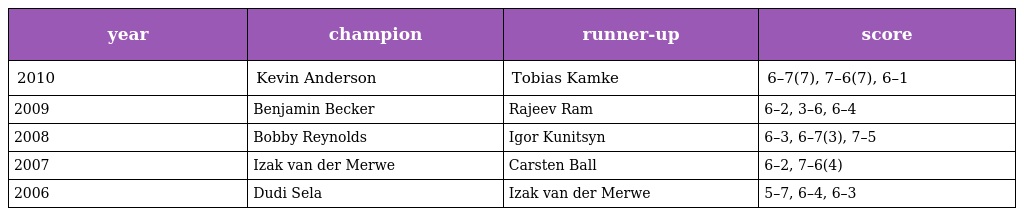
| year | champion | runner-up | score |
 | --- | --- | --- | --- |
 | 2010 | Kevin Anderson | Tobias Kamke | 6–7(7), 7–6(7), 6–1 |
 | 2009 | Benjamin Becker | Rajeev Ram | 6–2, 3–6, 6–4 |
 | 2008 | Bobby Reynolds | Igor Kunitsyn | 6–3, 6–7(3), 7–5 |
 | 2007 | Izak van der Merwe | Carsten Ball | 6–2, 7–6(4) |
 | 2006 | Dudi Sela | Izak van der Merwe | 5–7, 6–4, 6–3 |